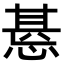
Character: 𢝖